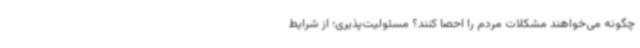
چگونه می‌خواهند مشکلات مردم را احصا کنند؟ مسئولیت‌پذیری؛ از شرایط